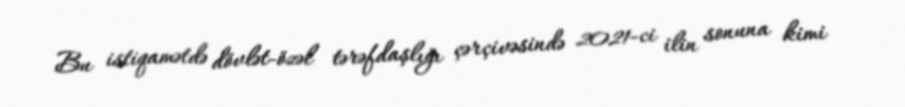
Bu istiqamətdə dövlət-özəl tərəfdaşlığı çərçivəsində 2021-ci ilin sonuna kimi